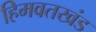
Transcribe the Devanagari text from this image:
हिमवतखंड